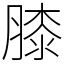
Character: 膝